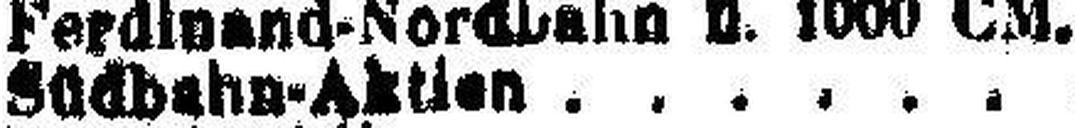
Südbahn-Aktien